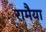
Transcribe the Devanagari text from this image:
रामैया